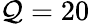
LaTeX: \mathcal{Q}=20